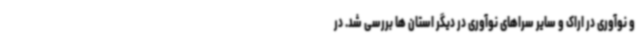
و نوآوری در اراک و سایر سراهای نوآوری در دیگر استان ها بررسی شد. در